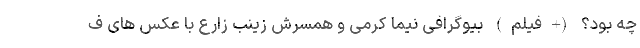
چه بود؟ (+فیلم) بیوگرافی نیما کرمی و همسرش زینب زارع با عکس های ف